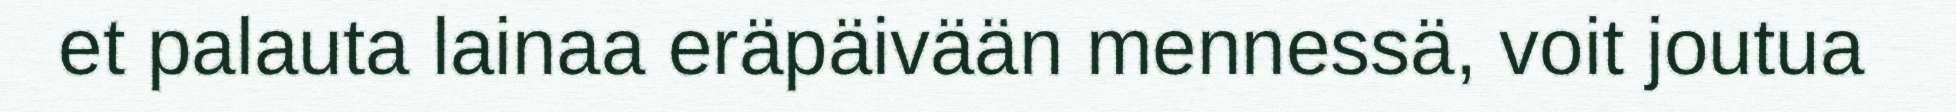
et palauta lainaa eräpäivään mennessä, voit joutua